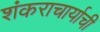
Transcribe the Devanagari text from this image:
शंकराचार्याची